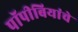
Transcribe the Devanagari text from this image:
पॉपीबियांचे